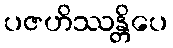
ပဇဟိဿန္တိပေ